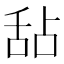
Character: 𬜅